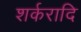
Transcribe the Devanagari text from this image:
शर्करादि